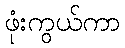
ဖုံးကွယ်ကာ